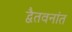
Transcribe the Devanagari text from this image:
द्वैतवनांत